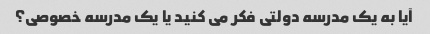
آیا به یک مدرسه دولتی فکر می کنید یا یک مدرسه خصوصی؟